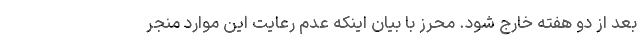
بعد از دو هفته خارج شود. محرز با بیان اینکه عدم رعایت این موارد منجر